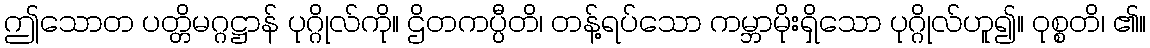
ဤသောတ ပတ္တိမဂ္ဂဋ္ဌာန် ပုဂ္ဂိုလ်ကို။ ဌိတကပ္ပီတိ၊ တန့်ရပ်သော ကမ္ဘာမိုးရှိသော ပုဂ္ဂိုလ်ဟူ၍။ ဝုစ္စတိ၊ ၏။